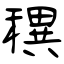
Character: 穓